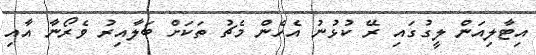
އިޓާލިއަން ލީގުގައި ރޭ ކުޅުނު އެހެން މެޗު ތަކަށް ބަލާއިރު ވެރޯނާ އާއި